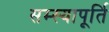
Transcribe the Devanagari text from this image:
सम्स्यापूर्ति